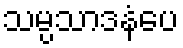
သမ္ပသာဒနံပေ